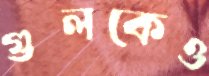
গুলকেও